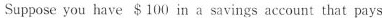
Suppose you have $100 in a savings account that pays